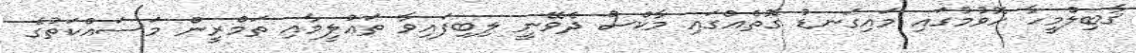
ޤާބިލްމީހާ ހޮވުމުގައި މައިގަނޑު ގޮތެއްގައި މާކްސް ދެވޭނީ ލިބިފައިވާ ތަޢުލީމާއި ތަމްރީން މަސައްކަތުގެ